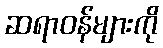
ဆရာဝန်များကို